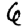
Digit: 6